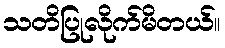
သတိပြုလိုက်မိတယ်။